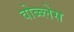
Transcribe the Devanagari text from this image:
वोब्ब्लेस